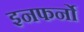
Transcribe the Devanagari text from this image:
इनफर्नो